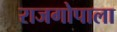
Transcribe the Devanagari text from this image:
राजगोपाला